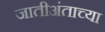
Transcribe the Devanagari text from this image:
जातीअंताच्या